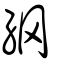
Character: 𦊀